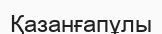
Қазанғапұлы